Indian journal of veterinary science and animal husbandry - Volumes 18-21, 1948-1951
Year: 1948
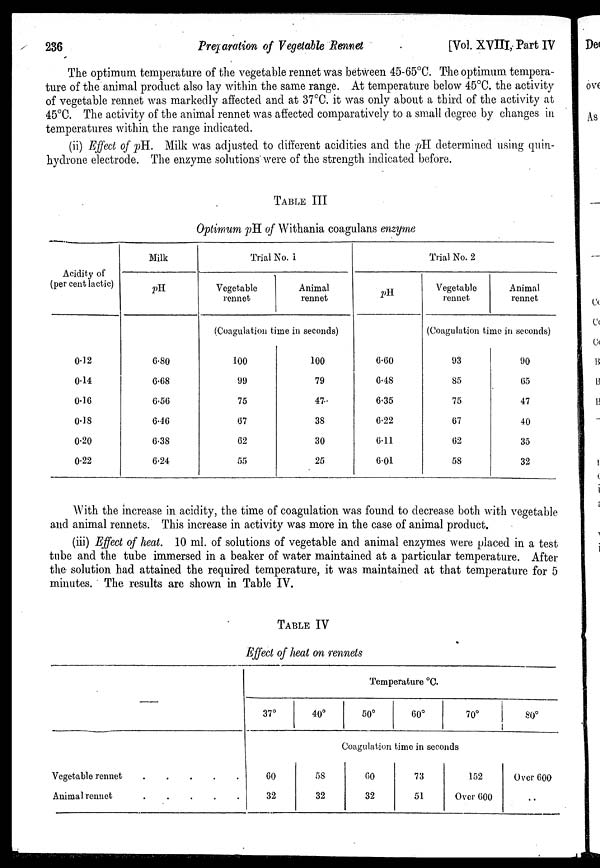
236
Preparation of Vegetable
Rennet
[Vol. XVIII, Part IV
The optimum temperature of the vegetable rennet was between 45-65°C. The optimum tempera-
ture of the animal product also lay within the same range. At temperature below 45°C. the activity
of vegetable rennet was markedly affected and at 37°C. it was only about a third of the activity at
45°C. The activity of the animal rennet was affected comparatively to a small degree by changes in
temperatures within the range indicated.
(ii) Effect of pH. Milk was adjusted to different acidities and the pH determined using quin-
hydrone electrode. The enzyme solutions were of the strength indicated before.
TABLE III
Optimum pH. of Withania coagulans enzyme
Acidity of
(per cent lactic)
0.12
0.14
0.16
0.18
0.20
0.22
Milk
pH
6.80
6.68
6.56
6.46
6.38
6.24
Trial No. 1
Vegetable
rennet
Animal
rennet
(Coagulation time in seconds)
100
99
75
67
62
55
100
79
47
38
30
25
Trial No. 2
pH
6.60
6.48
6.35
6.22
6.11
6.01
Vegetable
rennet
Animal
rennet
(Coagulation time in seconds)
93
85
75
67
62
58
90
65
47
40
35
32
With the increase in acidity, the time of coagulation was found to decrease both with vegetable
and animal rennets. This increase in activity was more in the case of animal product.
(iii) Effect of heat. 10 ml. of solutions of vegetable and animal enzymes were placed in a test
tube and the tube immersed in a beaker of water maintained at a particular temperature. After
the solution had attained the required temperature, it was maintained at that temperature for 5
minutes. The results are shown in Table IV.
TABLE IV
Effect of heat on rennets
––
Vegetable rennet . . . . .
Animal rennet . . . . .
Temperature °C.
37°
40°
50°
60°
70°
80°
Coagulation time in seconds
60
32
58
32
60
32
73
51
152
Over 600
Over 600
. .